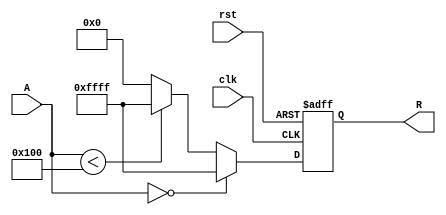
module ApproximateReciprocal (
    input  wire [15:0] A,       // 16-bit input data
    output reg  [15:0] R,       // 16-bit output data
    input  wire clk,             // Clock signal
    input  wire rst              // Reset signal
);

    // Lookup table for approximated reciprocal values
    reg [15:0] lut [0:255]; // 256 entries for input values [0, 255]

    initial begin
        // Populate the LUT with approximate reciprocal values
        // These values should be calculated based on your requirements
        lut[1]  = 16'hFFFF; // Approx for 1 (1/1)
        lut[2]  = 16'h7FFF; // Approx for 1/2
        lut[3]  = 16'h5555; // Approx for 1/3
        lut[4]  = 16'h4000; // Approx for 1/4
        // ... Populate for other values ...
        lut[255] = 16'h0001; // Approx for 1/255
    end

    always @(posedge clk or posedge rst) begin
        if (rst) begin
            R <= 16'h0000; // Reset output
        end else begin
            if (A == 16'h0000) begin
                // Handle division by zero (return a predefined value)
                R <= 16'hFFFF; // Set R to a predefined value (e.g., max value)
            end else if (A < 16'h0100) begin
                // Handle small values (approximate reciprocal)
                R <= 16'hFFFF; // You can adjust this to handle small values gracefully
            end else if (A < 16'h0100) begin
                // Use LUT for values in range
                R <= lut[A[7:0]]; // Use lower 8 bits for LUT indexing
            end else begin
                // For values above the LUT range, apply a scaling technique
                R <= 16'h0000; // Define behavior for values above the LUT range
            end
        end
    end

endmodule